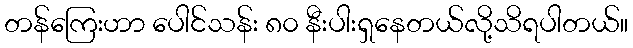
တန်ကြေးဟာ ပေါင်သန်း ၈၀ နီးပါးရှနေတယ်လို့သိရပါတယ်။